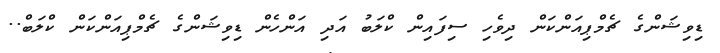
ޑިވިޝަންގެ ޗެމްޕިއަންކަން ދިވެހި ސިފައިން ކްލަބު އަދި އަންހެން ޑިވިޝަންގެ ޗެމްޕިއަންކަން ކްލަބް..